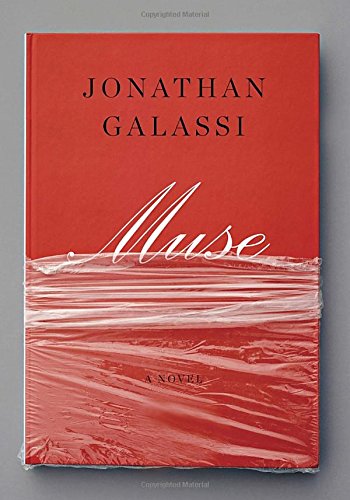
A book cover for Muse: A novel; Jonathan Galassi; Literature & Fiction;